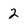
Character: 2